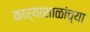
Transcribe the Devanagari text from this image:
कार्याशाळांच्या